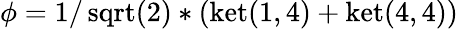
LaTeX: \phi=1/\operatorname{sqrt}(2)*(\operatorname{ket}(1,4)+\operatorname{ket}(4,4))